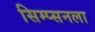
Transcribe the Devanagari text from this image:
सिम्प्सनला